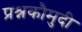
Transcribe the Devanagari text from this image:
प्रश्नकौमुदी